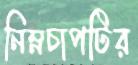
নিম্নচাপটির